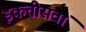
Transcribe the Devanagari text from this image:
इकत्तीसवां